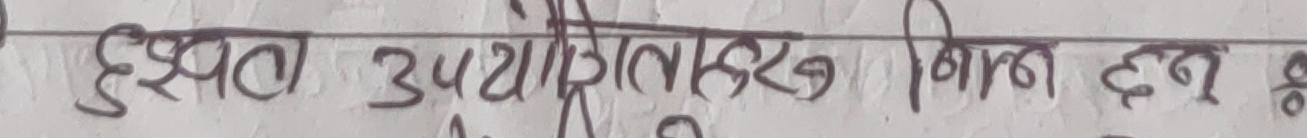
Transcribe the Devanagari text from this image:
इस्पात उपयोगिताहरू निम्न छन्।